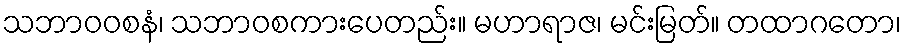
သဘာဝဝစနံ၊ သဘာဝစကားပေတည်း။ မဟာရာဇ၊ မင်းမြတ်။ တထာဂတော၊